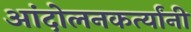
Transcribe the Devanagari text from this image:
आंदोलनकर्त्यांनी